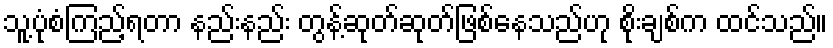
သူ့ပုံစံကြည့်ရတာ နည်းနည်း တွန့်ဆုတ်ဆုတ်ဖြစ်နေသည်ဟု စိုးချစ်က ထင်သည်။